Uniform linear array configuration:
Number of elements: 48
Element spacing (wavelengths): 0.5
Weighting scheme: binomial
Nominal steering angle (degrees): -60
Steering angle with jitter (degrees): -61.34
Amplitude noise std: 0.05
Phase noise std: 0.05

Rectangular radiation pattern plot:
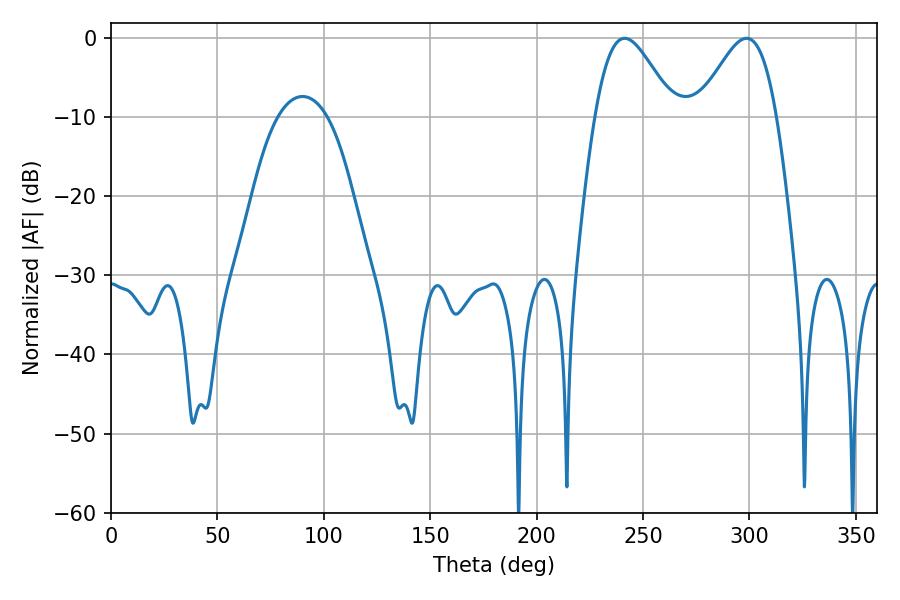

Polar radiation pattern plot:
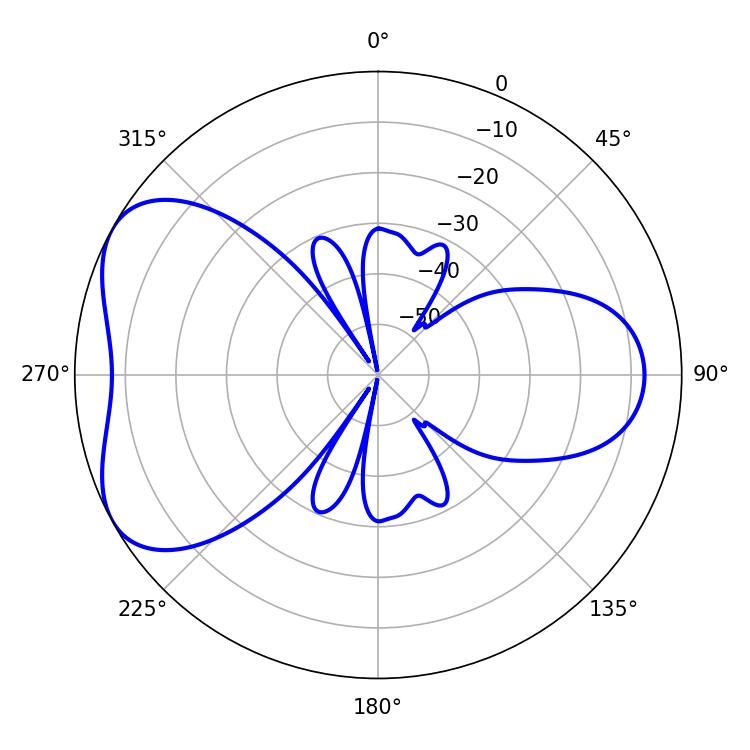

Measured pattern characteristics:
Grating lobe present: FALSE
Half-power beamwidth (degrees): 19.44
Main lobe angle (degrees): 241.38